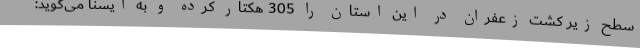
سطح زیر کشت زعفران در این استان را 305 هکتار کرده و به ایسنا می‌گوید: